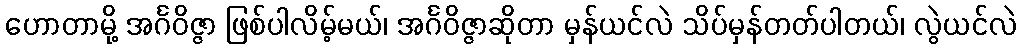
ဟောတာမို့ အင်္ဂဝိဇ္ဇာ ဖြစ်ပါလိမ့်မယ်၊ အင်္ဂဝိဇ္ဇာဆိုတာ မှန်ယင်လဲ သိပ်မှန်တတ်ပါတယ်၊ လွဲယင်လဲ